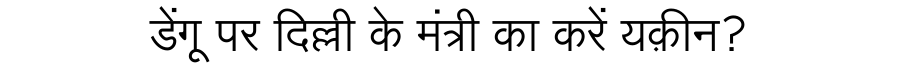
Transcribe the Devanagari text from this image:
डेंगू पर दिल्ली के मंत्री का करें यक़ीन?